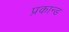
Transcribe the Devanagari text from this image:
प्रकान्ड